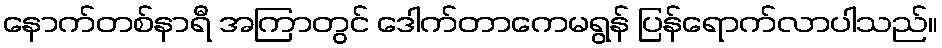
နောက်တစ်နာရီ အကြာတွင် ဒေါက်တာကေမရွန် ပြန်ရောက်လာပါသည်။